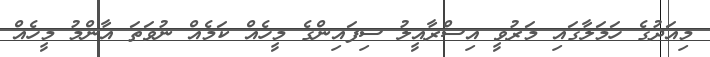
މިއަދުގެ ހަމަލާގައި މަރުވީ އިސްރާއީލު ސިފައިންގެ މީހެއް ކަމެއް ނުވަތަ އާންމު މީހެއް